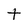
Character: t